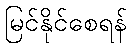
မြင်နိုင်စေရန်